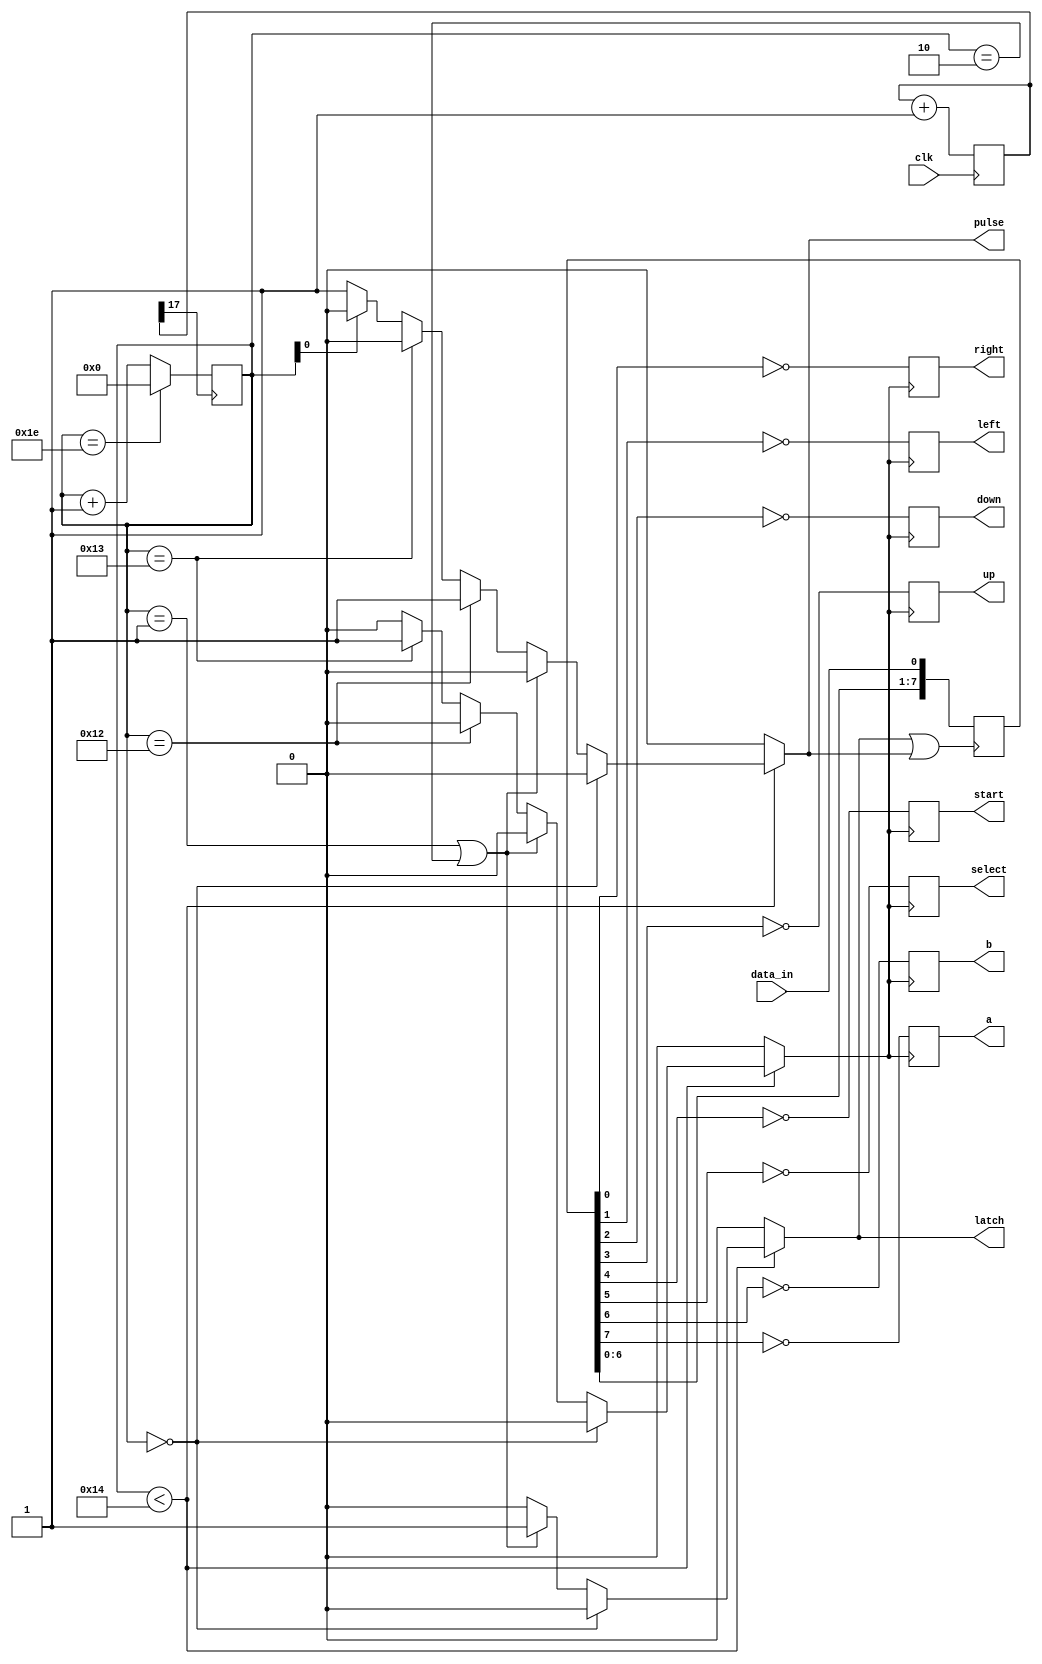
module n8_driver (
    input clk,
    input data_in,
    output reg latch,
    output reg pulse,
    output reg up,
    output reg down,
    output reg left,
    output reg right,
    output reg select,
    output reg start,
    output reg a,
    output reg b);
    

    // localparam SPEED = 15; // Fast 
    localparam SPEED = 17; // Slow (and visible)
    

    reg[7:0] temp; // The register to be saved. 
                   // We start from right to the left, so the first bit (0) will be A, the second B, the third select, etc.
                   // So bit 7 will be right and bit 0 will be A
                   // However, this is only true when the process of shifting all is finished. At any time it will be moving
                   // the data from 0 to 7
                   
    reg save; // Either 1 (saving temp[7:0] to LED's 0:7) or 0 (not saving)

    //pulse and latch generation
    always@* begin
    
        // For the first 20 options:
        if (count < 20) begin
            //count 0
            if(count == 0) begin 
                latch = 0; pulse = 0; save = 0; 
            end
            //count 1, 2
            else if ((count == 1) | (count == 2)) begin
                latch = 1; pulse = 0; save = 0; 
            end
            //count 18
            else if (count == 18) begin 
                latch = 0; pulse = 1; save = 0; 
            end
            //count 19
            else if (count == 19) begin 
                latch = 0; pulse = 0; save = 1; 
            end
            //count 3, 5, 7, 9, 11, 13, 15, 17
            else if (count[0]) begin 
                latch = 0; pulse = 0; save = 0; 
            end
            //count 4, 6, 8, 10, 12, 14, 16, 18
            else /* (~count[0])*/ begin 
                latch = 0; pulse = 1; save = 0; 
            end
            //count >18
        end
        else begin 
                latch = 0; pulse = 0; save = 0;
        end
    end

    // Whenever either N8_PULSE or N8_LATCH become negative from positive
    // then do the left shifting of one bit. The reason for doing it
    // in negedge and not in posedge is because doing it in posedge assumes
    // that the request by the Raspberry Pi must be extremely fast.
    // My understanding is that the answer by the Raspberry Pi must be
    // at least 1/50M seconds, as once the previous block changes from
    // N8_PULSE 0 to 1, immediately this code is triggered. However,
    // if we do negedge (as we do here), thanks to the counter it will
    // process it in a longer time (depending on "SPEED"), which gives
    // room to the Raspberry Pi to process it in a millisecond or similar
    always @(negedge latch | pulse)
    begin
        temp[7:1] <= temp[6:0];
        temp[0] <= data_in;
    end

    // When save is true, then save in the LED's
    // It's going to be:
    // LEDR[7] = right
    // LEDR[6] = left
    // LEDR[5] = down
    // LEDR[4] = up
    // LEDR[3] = start
    // LEDR[2] = select
    // LEDR[1] = b
    // LEDR[0] = a
    always @(posedge save) 
    begin
        right  = ~temp[0];
        left   = ~temp[1];
        down   = ~temp[2];
        up     = ~temp[3];
        start  = ~temp[4];
        select = ~temp[5];
        b      = ~temp[6];
        a      = ~temp[7];
    end
    
    reg [SPEED:0] counter;
    always@(posedge clk) counter <= counter + 1;

    reg [8:0] count; // counter... 30 low number of positions (e.g. 0..30)
    always@(posedge counter[SPEED]) begin
        if (count == 30)
            count <= 0;
        else
            count <= count + 1;
    end
    
endmodule